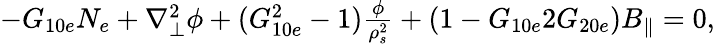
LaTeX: \begin{array}{r}{-G_{10e}N_{e}+\nabla_{\perp}^{2}\phi+(G_{10e}^{2}-1)\frac{\phi}{\rho_{s}^{2}}+(1-G_{10e}2G_{20e})B_{\parallel}=0,}\end{array}